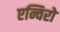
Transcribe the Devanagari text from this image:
एन्विरो